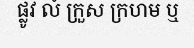
ផ្លូវ លំ ក្រួស ក្រហម ឬ